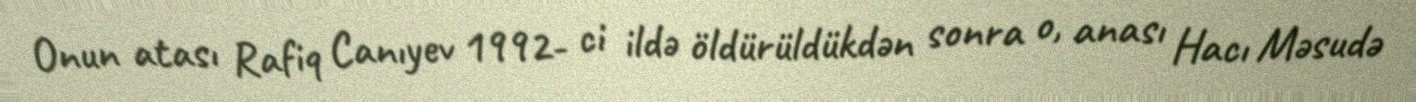
Onun atası Rafiq Canıyev 1992- ci ildə öldürüldükdən sonra o, anası Hacı Məsudə